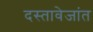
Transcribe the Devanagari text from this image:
दस्तावेजांत